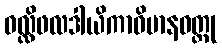
ဝလ္လိဖလဒါယိကာဝိမာနဝတ္ထု